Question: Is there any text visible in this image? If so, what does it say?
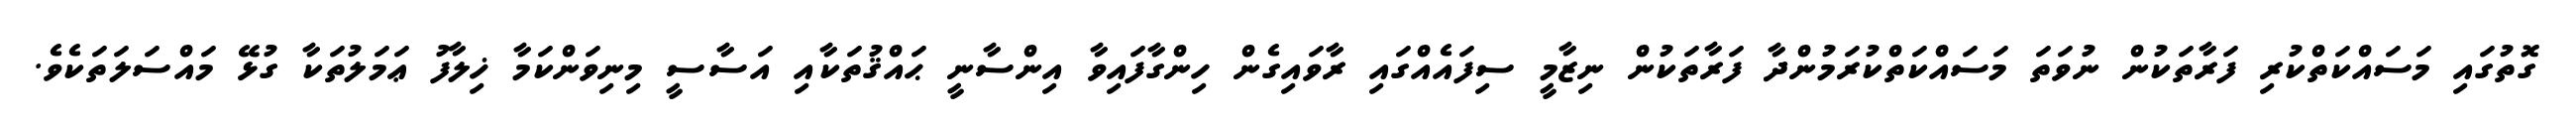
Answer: ގޮތުގައި މަސައްކަތްކުރި ފަރާތަކުން ނުވަތަ މަސައްކަތްކުރަމުންދާ ފަރާތަކުން ނިޒާމީ ސިފައެއްގައި ރާވައިގެން ހިންގާފައިވާ އިންސާނީ ޙައްޤުތަކާއި އަސާސީ މިނިވަންކަމާ ޚިލާފު ޢަމަލުތަކާ ގުޅޭ މައްސަލަތަކެވެ.